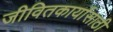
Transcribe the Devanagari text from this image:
जीवितकार्यासाठी